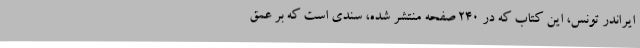
ایراندر تونس، این کتاب که در 240 صفحه منتشر شده، سندی است که بر عمق